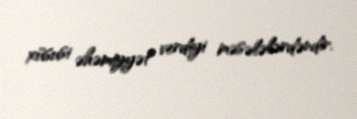
xüsusi əhəmiyyət verdiyi məsələlərdəndir.